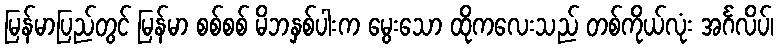
မြန်မာပြည်တွင် မြန်မာ စစ်စစ် မိဘနှစ်ပါးက မွေးသော ထိုကလေးသည် တစ်ကိုယ်လုံး အင်္ဂလိပ်၊